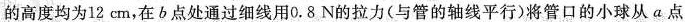
的高度均为12cm，在b点处通过细线用0.8N的拉力(与管的轴线平行)将管口的小球从a点